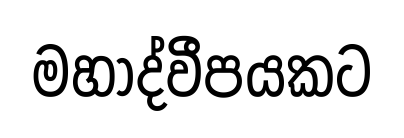
මහාද්වීපයකට